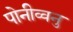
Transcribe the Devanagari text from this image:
पोनीव्वनु